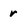
Character: r